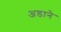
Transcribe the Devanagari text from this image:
अडाने